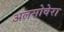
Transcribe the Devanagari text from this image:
अलसोवेरा